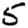
Digit: 5